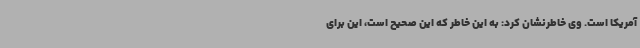
آمریکا است. وی خاطرنشان کرد: به این خاطر که این صحیح است، این برای